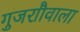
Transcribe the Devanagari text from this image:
गुजराौवाला